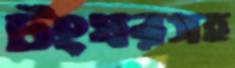
টংঘরসহ